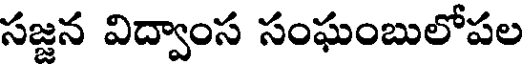
సజ్జన విద్వాంస సంఘంబులోపల